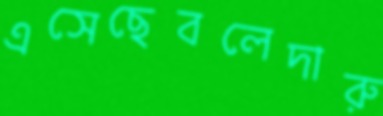
এসেছেবলেদারু